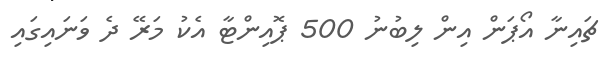
ޗައިނާ އޯޕަން އިން ލިބުނު 500 ޕޮއިންޓާ އެކު މަރޭ ދެ ވަނައިގައި